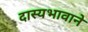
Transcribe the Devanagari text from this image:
दास्यभावाने